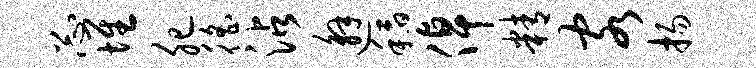
忐堆肥徭沾邂稻倬精客扬